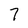
Character: 7